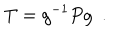
T = g ^ { - 1 } P g \ \ .